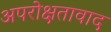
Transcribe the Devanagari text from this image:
अपरोक्षतावाद